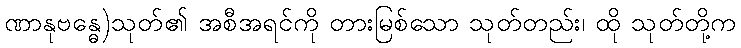
ဏာနုဗန္ဓေ)သုတ်၏ အစီအရင်ကို တားမြစ်သော သုတ်တည်း၊ ထို သုတ်တို့က